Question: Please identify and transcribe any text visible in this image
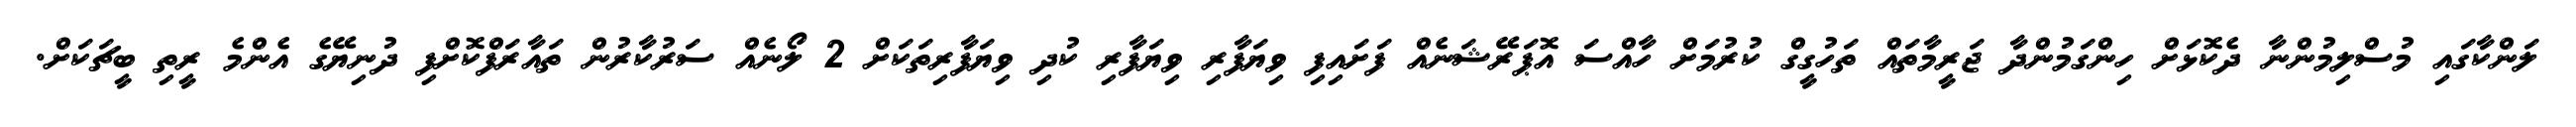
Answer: ލަންކާގައި މުސްލިމުންނާ ދެކޮޅަށް ހިންގަމުންދާ ޖަރީމާތައް ތަހުގީގް ކުރުމަށް ހާއްސަ އޮޕަރޭޝަނެއް ފަށައިފި ވިޔަފާރި ވިޔަފާރި ކުދި ވިޔަފާރިތަކަށް 2 ލޯނެއް ސަރުކާރުން ތައާރަފްކޮށްފި ދުނިޔޭގެ އެންމެ ރީތި ބީޗަކަށް.